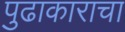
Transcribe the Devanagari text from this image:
पुढाकाराचा